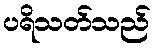
ပရိသတ်သည်